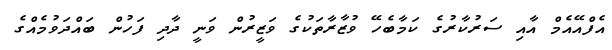
އެފްއޭއެމް އާއި ސަރުކާރުގެ ކަމާބެހޭ ވުޒާރާތަކުގެ ވަޒީރުން ވަނީ ދާދި ފަހުން ބައްދަވުމެއްގެ